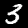
Label: 3